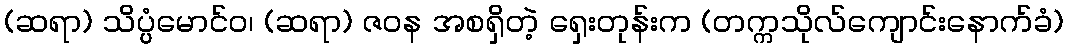
(ဆရာ) သိပ္ပ္ပံမောင်ဝ၊ (ဆရာ) ဇဝန အစရှိတဲ့ ရှေးတုန်းက (တက္ကသိုလ်ကျောင်းနောက်ခံ)